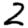
Digit: 2